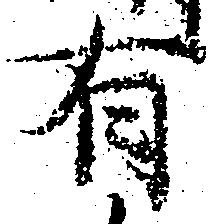
有